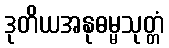
ဒုတိယအနုဓမ္မသုတ္တံ